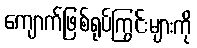
ကျောက်ဖြစ်ရုပ်ကြွင်းများကို